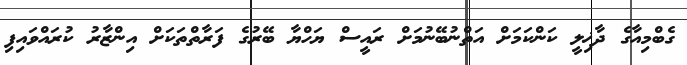
ގެބްމިއާގެ ދާޚިލީ ކަންކަމަށް އަތްނުބޭނުމަށް ރައީސް ޔަހްޔާ ބޭރުގެ ފަރާތްތަކަށް އިންޒާރު ކުރައްވައިފި